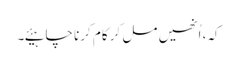
کہ، اُنھیں مل کر کام کرنا چاہیئے۔